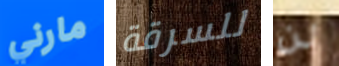
مارني للسرقة لن